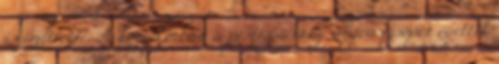
is említette. A középkorban a pestisjárvány idején izsópot égettek